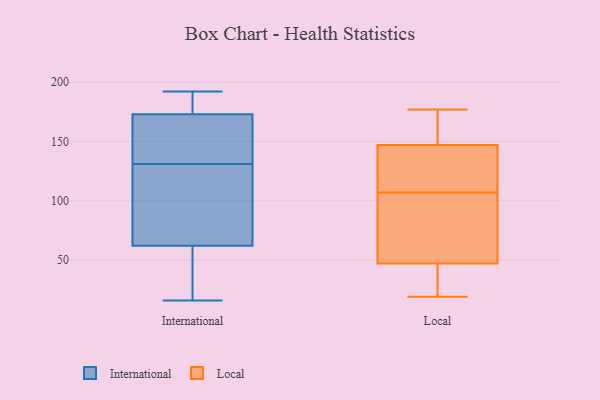
{"axis": {"x": "Conversion Rate (%)", "y": "Value"}, "legend": ["International", "Local"], "data": [{"x": "", "y": 162, "type": "International"}, {"x": "", "y": 89, "type": "International"}, {"x": "", "y": 192, "type": "International"}, {"x": "", "y": 138, "type": "International"}, {"x": "", "y": 62, "type": "International"}, {"x": "", "y": 124, "type": "International"}, {"x": "", "y": 173, "type": "International"}, {"x": "", "y": 40, "type": "International"}, {"x": "", "y": 16, "type": "International"}, {"x": "", "y": 174, "type": "International"}, {"x": "", "y": 19, "type": "Local"}, {"x": "", "y": 116, "type": "Local"}, {"x": "", "y": 171, "type": "Local"}, {"x": "", "y": 24, "type": "Local"}, {"x": "", "y": 98, "type": "Local"}, {"x": "", "y": 131, "type": "Local"}, {"x": "", "y": 131, "type": "Local"}, {"x": "", "y": 25, "type": "Local"}, {"x": "", "y": 174, "type": "Local"}, {"x": "", "y": 147, "type": "Local"}, {"x": "", "y": 47, "type": "Local"}, {"x": "", "y": 89, "type": "Local"}, {"x": "", "y": 177, "type": "Local"}, {"x": "", "y": 47, "type": "Local"}]}